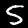
Label: 5